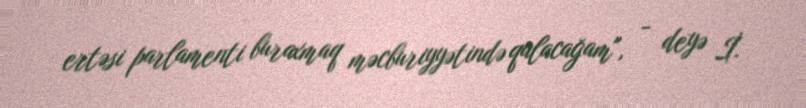
ertəsi parlamenti buraxmaq məcburiyyətində qalacağam", - deyə İ.